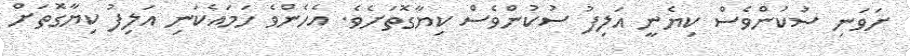
ށަވަނި ސުކުންވެސް ކިޔެނީ އަލިފު ސުކުންވެސް ކިޔާގޮތަށެވެ. އެހެންވެ ހަމައެކަނި އަލިފު ކިޔާގޮތަށް